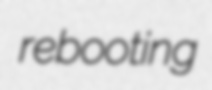
rebooting